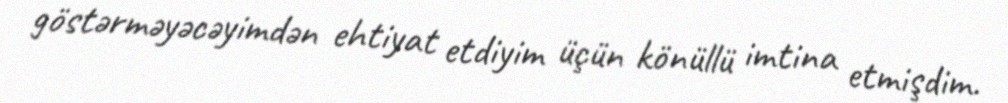
göstərməyəcəyimdən ehtiyat etdiyim üçün könüllü imtina etmişdim.